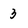
Character: 3